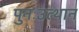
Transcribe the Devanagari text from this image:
पुनःउत्थान